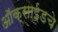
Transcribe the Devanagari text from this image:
ऑक्साईडचे